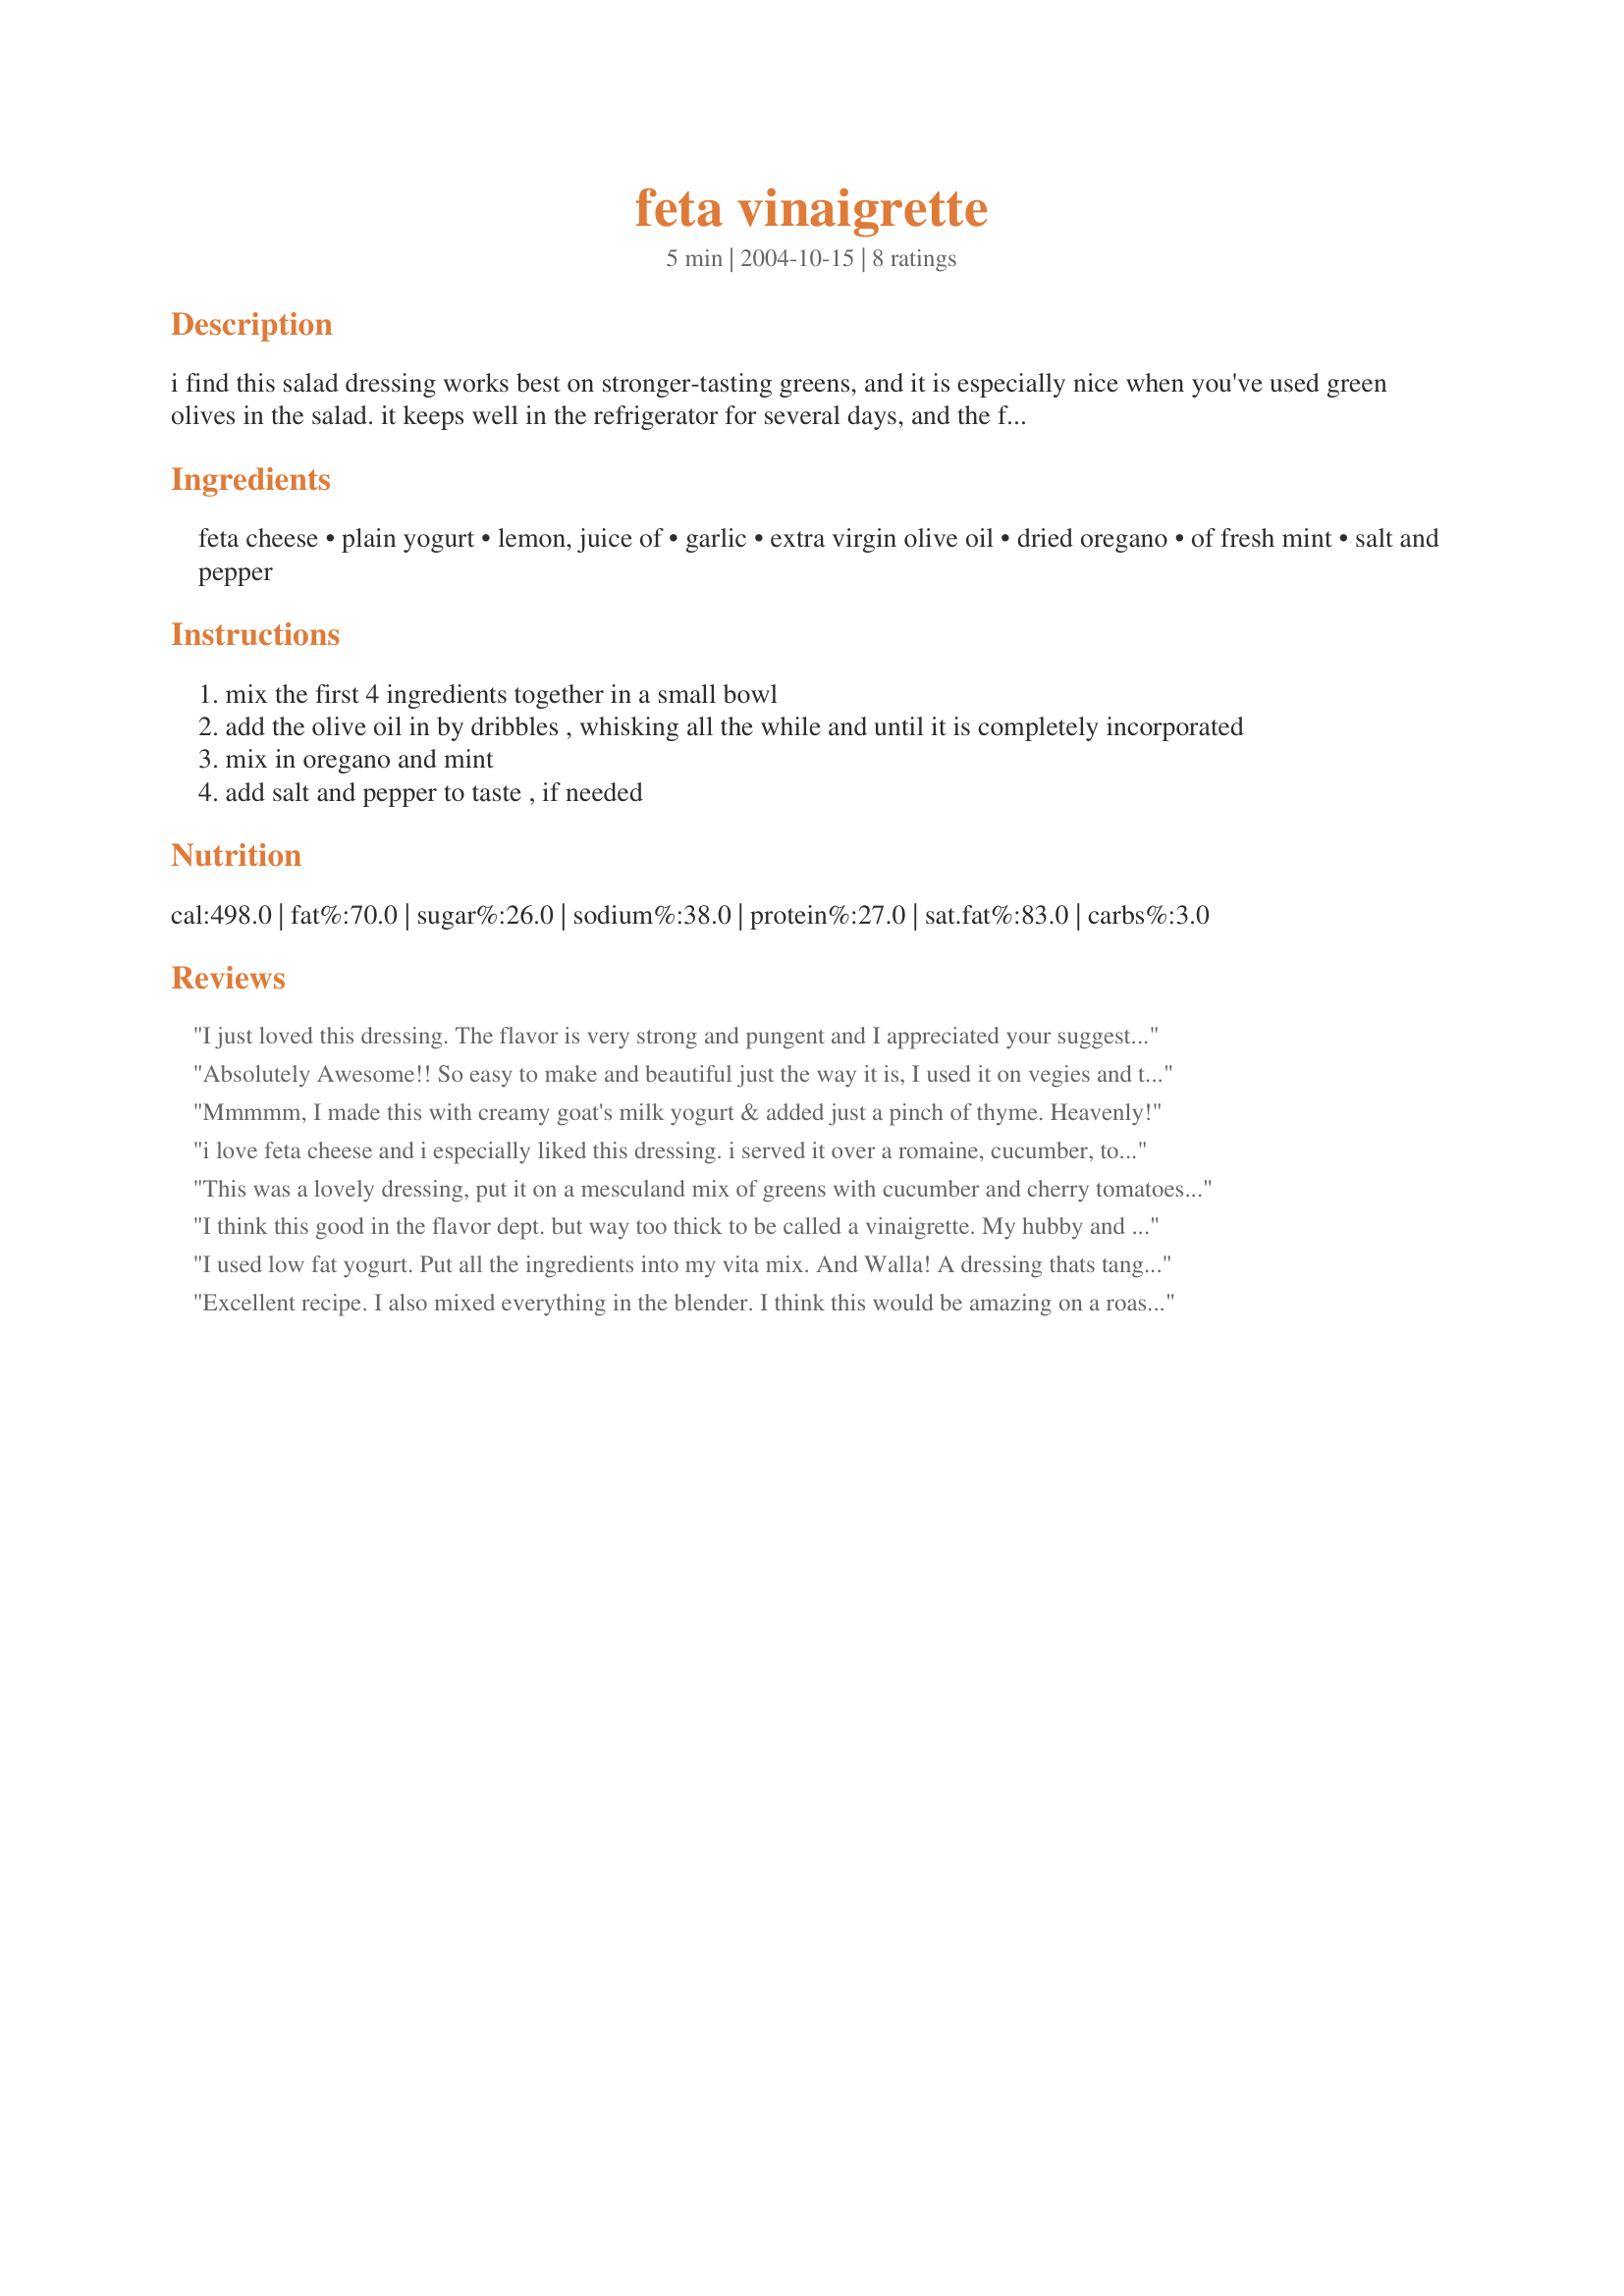
feta vinaigrette
Preparation time: 5 minutes

i find this salad dressing works best on stronger-tasting greens, and it is especially nice when you've used green olives in the salad. it keeps well in the refrigerator for several days, and the flavor actually improves the second day.

Ingredients:
feta cheese, plain yogurt, lemon, juice of, garlic, extra virgin olive oil, dried oregano, of fresh mint, salt and pepper

Steps:
mix the first 4 ingredients together in a small bowl
add the olive oil in by dribbles , whisking all the while and until it is completely incorporated
mix in oregano and mint
add salt and pepper to taste , if needed

Reviews:
I just loved this dressing. The flavor is very strong and pungent and I appreciated your suggestion of using it on stronger tasting greens which held up well to the flavor and created a great balance. I used greek yogurt which made for a very thick dressing and subsequntly thinned with a bit of rice milk whichwas a good choice as it is neutral in taste and did not curdle from the lemon juice. Thank you Flemish Minx for sharing the recipe.
Absolutely Awesome!! So easy to make and beautiful just the way it is, I used it on vegies and think it will be my new dip for parties :) Very impressed..
Mmmmm, I made this with creamy goat's milk yogurt & added just a pinch of thyme. Heavenly!
i love feta cheese and i especially liked this dressing. i served it over a romaine, cucumber, tomato, red pepper, kalamata salad with extra feta and lots of pepper, wonderful. i too used a blender to combine the ingredients.
This was a lovely dressing, put it on a mesculand mix of greens with cucumber and cherry tomatoes. Mixed the dressing all in the blender.
I think this good in the flavor dept. but way too thick to be called a vinaigrette. My hubby and I really like feta cheese, so I probably will make it again, only I will add something to loosen it a little.
I used low fat yogurt. Put all the ingredients into my vita mix. And Walla! A dressing thats tangy, refreshing and full of flavor. I dressed a green salad with celery, radishes, tomatoes, & olives oh and some extra feta. Garnished with fresh home grown herbs. Thanks for a great dressing.
Excellent recipe. I also mixed everything in the blender. I think this would be amazing on a roast lamb salad, the mint would compliment the lamb so well. Thanks FlemishMinx!
